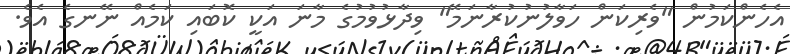
އެހެންކަމުން "ވެރިކަން ހަވާލުނުކުރާނަމޭ" ވިދާޅުވުމުގެ މާނަ އަކީ ކޮބައި ކަމެއް ނޭނގެ އެވެ.